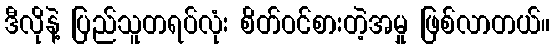
ဒီလိုနဲ့ ပြည်သူတရပ်လုံး စိတ်ဝင်စားတဲ့အမှု ဖြစ်လာတယ်။